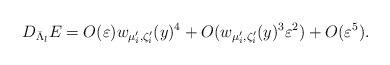
LaTeX: \begin{align*}D_{\bar\Lambda_l} E&= O(\varepsilon )w_{\mu_i^{\prime},\zeta_i^{\prime}}(y)^4+O( w_{\mu_i^{\prime},\zeta_i^{\prime}}(y)^3 \varepsilon^2) + O(\varepsilon^5) .\end{align*}